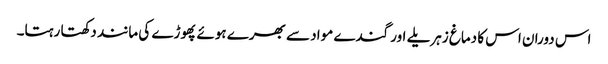
اس دوران اس کا دماغ زہریلے اور گندے مواد سے بھرے ہوئے پھوڑے کی مانند دکھتا رہتا۔